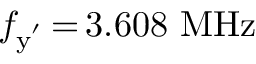
f _ { \mathrm { y ^ { ' } } } \, { = } \, 3 . 6 0 8 ~ \mathrm { M H z }